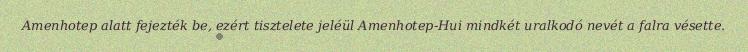
Amenhotep alatt fejezték be, ezért tisztelete jeléül Amenhotep-Hui mindkét uralkodó nevét a falra vésette.